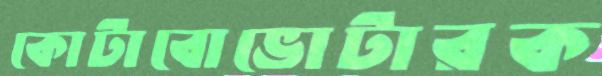
কোটাবোভোটারক